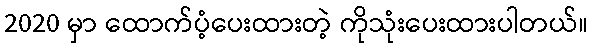
2020 မှာ ထောက်ပံ့ပေးထားတဲ့ ကိုသုံးပေးထားပါတယ်။